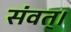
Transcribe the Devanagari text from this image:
संवत्‌।